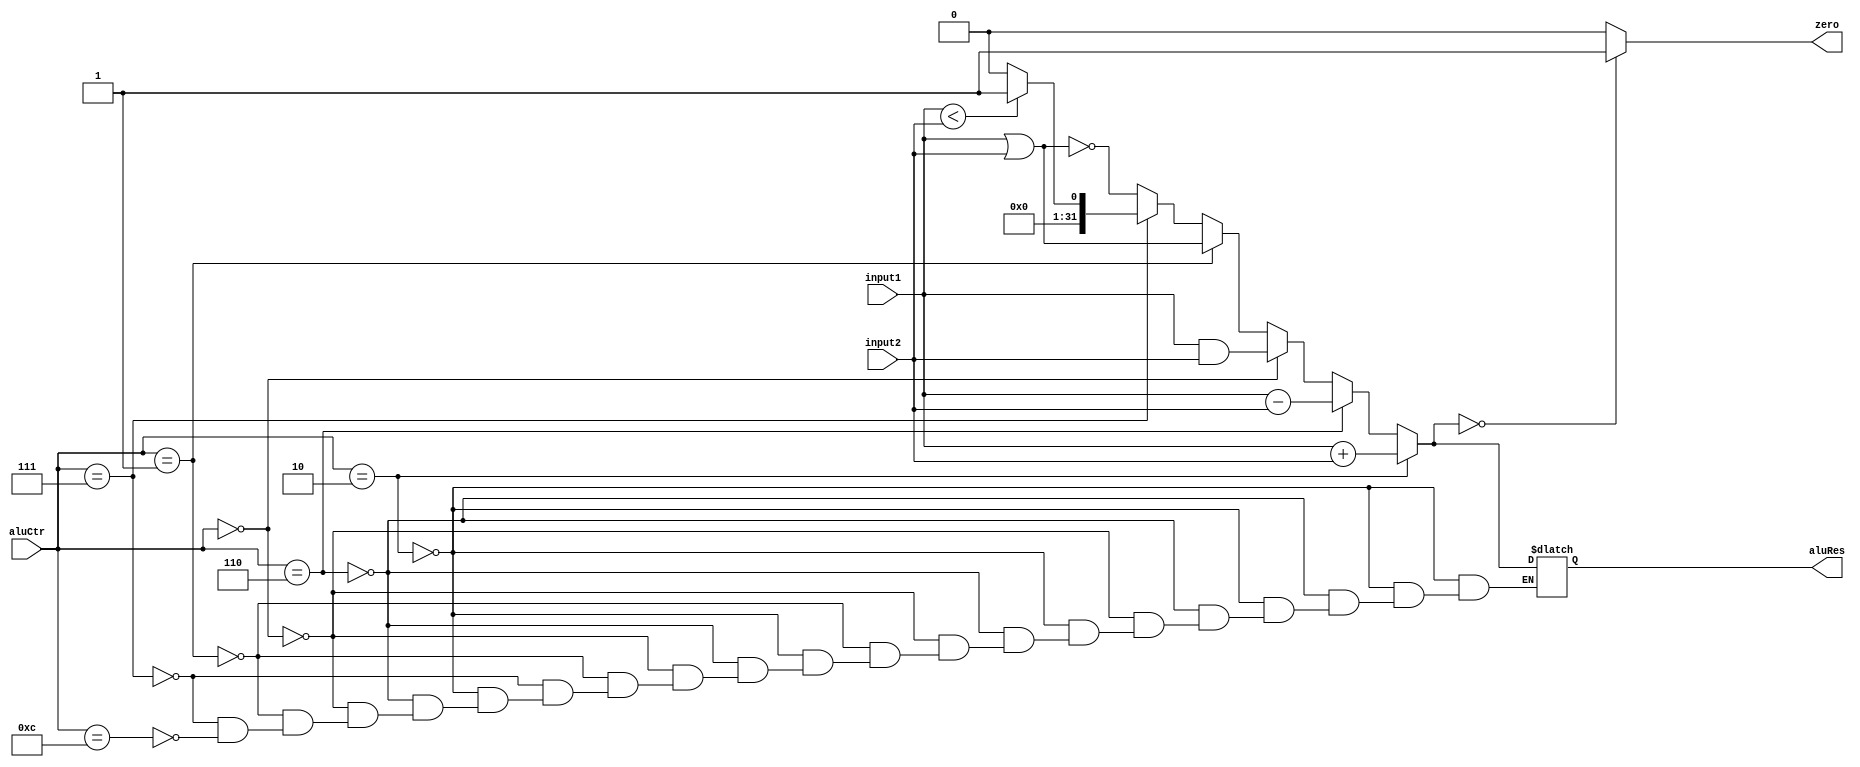
`timescale 1ns / 1ps
//////////////////////////////////////////////////////////////////////////////////
// Company: 
// Engineer: 
// 
// Design Name: 
// Module Name:    ALU 
// Project Name: 
// Target Devices: 
// Tool versions: 
// Description: 
//
// Dependencies: 
//
// Revision: 
// Revision 0.01 - File Created
// Additional Comments: 
//
//////////////////////////////////////////////////////////////////////////////////
module Alu(input1, input2, aluCtr, zero, aluRes);
    input [31:0] input1;
    input [31:0] input2;
    input [3:0] aluCtr;
    output zero;
    output [31:0] aluRes;
	 reg zero;
	 reg [31:0] aluRes;
	 
	 always @ (input1 or input2 or aluCtr)
	 begin
	     if (aluCtr == 4'b0010) //add
		      aluRes = input1 + input2;
		  else if (aluCtr == 4'b0110) //sub
		      aluRes = input1 - input2;
		  else if (aluCtr == 4'b0000) //and
		      aluRes = input1 & input2;
		  else if (aluCtr == 4'b0001) //or
		      aluRes = input1 | input2;
		  else if (aluCtr == 4'b0111) //slt
		      if (input1 < input2)
				    aluRes = 1;
				else
				    aluRes = 0;
		  else if (aluCtr == 4'b1100) //NOR
            aluRes = ~(input1 | input2);
		  
		  if (aluRes == 0)
				zero = 1;
		  else
				zero = 0;
    end
endmodule